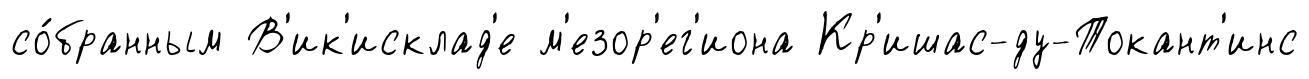
со́бранным В'ик'исклад'е м'езор'ег'иона Кр'ишас-ду-Токант'инс